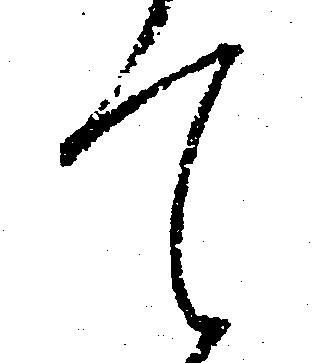
て